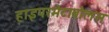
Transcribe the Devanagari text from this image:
हाइपरमेटाबोलस